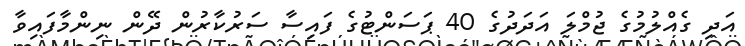
އަދި ގެއްލުމުގެ ޖުމްލަ އަދަދުގެ 40 ޕަސަންޓުގެ ފައިސާ ސަރުކާރުން ދޭން ނިންމާފައިވާ